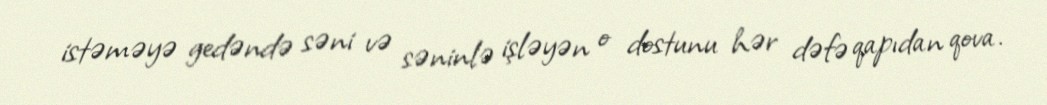
istəməyə gedəndə səni və səninlə işləyən o dostunu hər dəfə qapıdan qova.